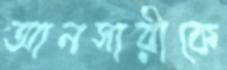
আনসারীকে